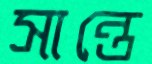
সান্তে